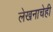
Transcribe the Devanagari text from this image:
लेखनाचेही